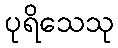
ပုရိသေသု